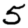
Digit: 5